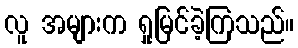
လူ အများက ရှုမြင်ခဲ့ကြသည်။